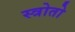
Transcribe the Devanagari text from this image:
स्त्रोतो